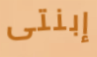
إبنتى